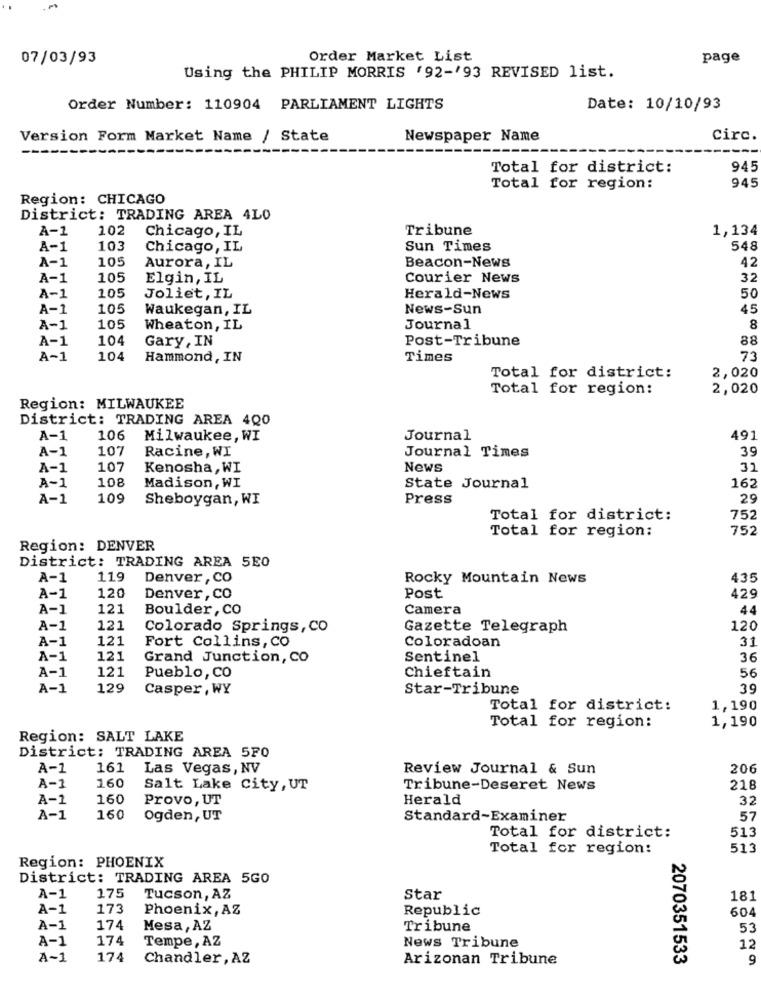
07/03/93
Order Market List
page
Using the PHILIP MORRIS '92-'93 REVISED list.
Order Number: 110904 PARLIAMENT LIGHTS
Date: 10/10/93
Version Form Market Name / State
Newspaper Name
Circ.
---
---
Total for district:
945
Total for region:
945
Region: CHICAGO
District: TRADING AREA 4L0
A-1
102
Chicago, IL
Tribune
1,134
A-1
103
Chicago, IL
Sun Times
548
A-1
105
Beacon-News
42
Aurora, IL
A-1
105
Elgin, IL
Courier News
32
105
A-1
Joliet, IL
Herald-News
50
A-1
105
Waukegan, IL
News-Sun
45
A-1
105
Wheaton, IL
Journal
8
A-1
104
Gary, IN
Post-Tribune
88
A-1
104
Hammond, IN
Times
73
2,020
Total for district:
Total for region:
2,020
Region: MILWAUKEE
District: TRADING AREA 400
A-1
106
Milwaukee, WI
Journal
491
A-1
107
Racine, WI
39
Journal Times
A-1
107
Kenosha, WI
News
32
A-1
108
162
Madison, WI
State Journal
A-1
109
Sheboygan, WI
Press
29
Total for district:
752
Total for region:
752
Region: DENVER
District: TRADING AREA 5E0
A-1
11.9
Denver , CO
Rocky Mountain News
435
A-1
120
Denver, co
Post
429
A-1
121
Boulder, CO
Camera
44
A-1
121
Colorado Springs, Co
Gazette Telegraph
120
A-1
121
Fort Collins, CO
Coloradoan
31
A-1
121
Grand Junction, CO
Sentinel
36
A-1
121
Chieftain
56
Pueblo, CO
A-1
129
Casper, WY
Star-Tribune
39
Total for district:
1,190
1,190
Total for region:
Region: SALT LAKE
District: TRADING AREA 5F0
A-1
161
Las Vegas, NV
Review Journal & Sun
206
160
A-1
Salt Lake City, UT
Tribune-Deseret News
218
A-1
160
Provo, UT
Herald
32
A-1
160
ogden, UT
Standard-Examiner
57
513
Total for district:
Total for region:
513
Region: PHOENIX
District: TRADING AREA 5GO
A-1
175
Tucson, AZ
Star
181
A-1
173
Phoenix, AZ
Republic
604
A-1
174
Mesa, AZ
Tribune
53
A-1
174
Tempe, AZ
News Tribune
12
A~1
174
Chandler, AZ
Arizonan Tribune
2070351533
9